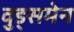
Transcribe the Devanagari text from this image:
वुड्समेन